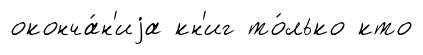
оконча́н'иjа кн'иг то́лько кто